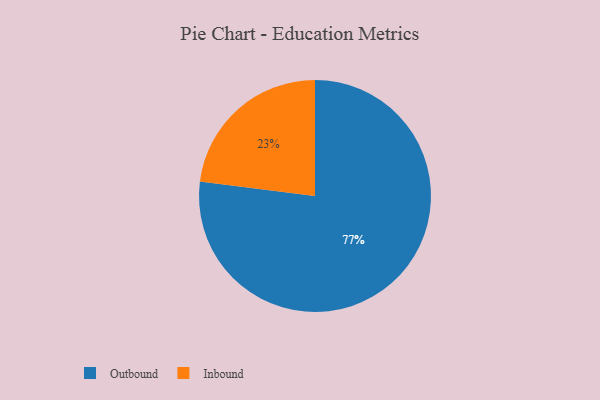
{"axis": {"x": "Category", "y": "Percentage"}, "legend": ["Inbound", "Outbound"], "data": [{"x": "Inbound", "y": 23, "type": "Inbound"}, {"x": "Outbound", "y": 77, "type": "Outbound"}]}